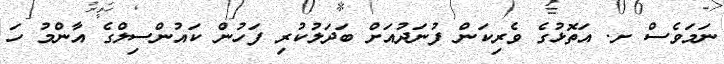
ނަމަވެސް ށ. އަތޮޅުގެ ވެރިކަން ފުނަދުއަށް ބަދަލުކުރި ފަހުން ކައުންސިލްގެ އާންމު ހަ